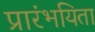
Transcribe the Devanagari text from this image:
प्रारंभयिता